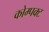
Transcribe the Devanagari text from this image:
कोम्पक्ट